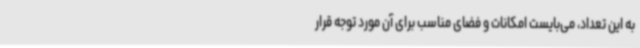
به این تعداد، می‌بایست امکانات ‌و فضای مناسب برای آن مورد توجه قرار